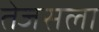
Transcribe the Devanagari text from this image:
तेजसला